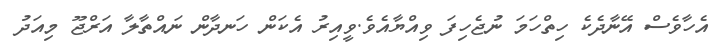
އެހާވެސް އޭނާދެކެ ހިތްހަމަ ނުޖެހިފަ ވިއްޔާއެވެ.ވީއިރު އެކަން ހަނދާން ނައްތާލާ އަރްޖޫ މިއަދު